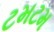
ટમટમ